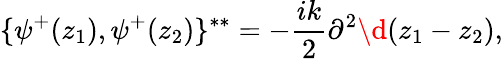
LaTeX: \{ \psi^{+}(z_{1}),\psi^{+}(z_{2})\} ^{**}=-{\frac{ik}{2}}\partial^{2}\d(z_{1}-z_{2}),